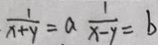
\frac { 1 } { x + y } = a \frac { 1 } { x - y } = b